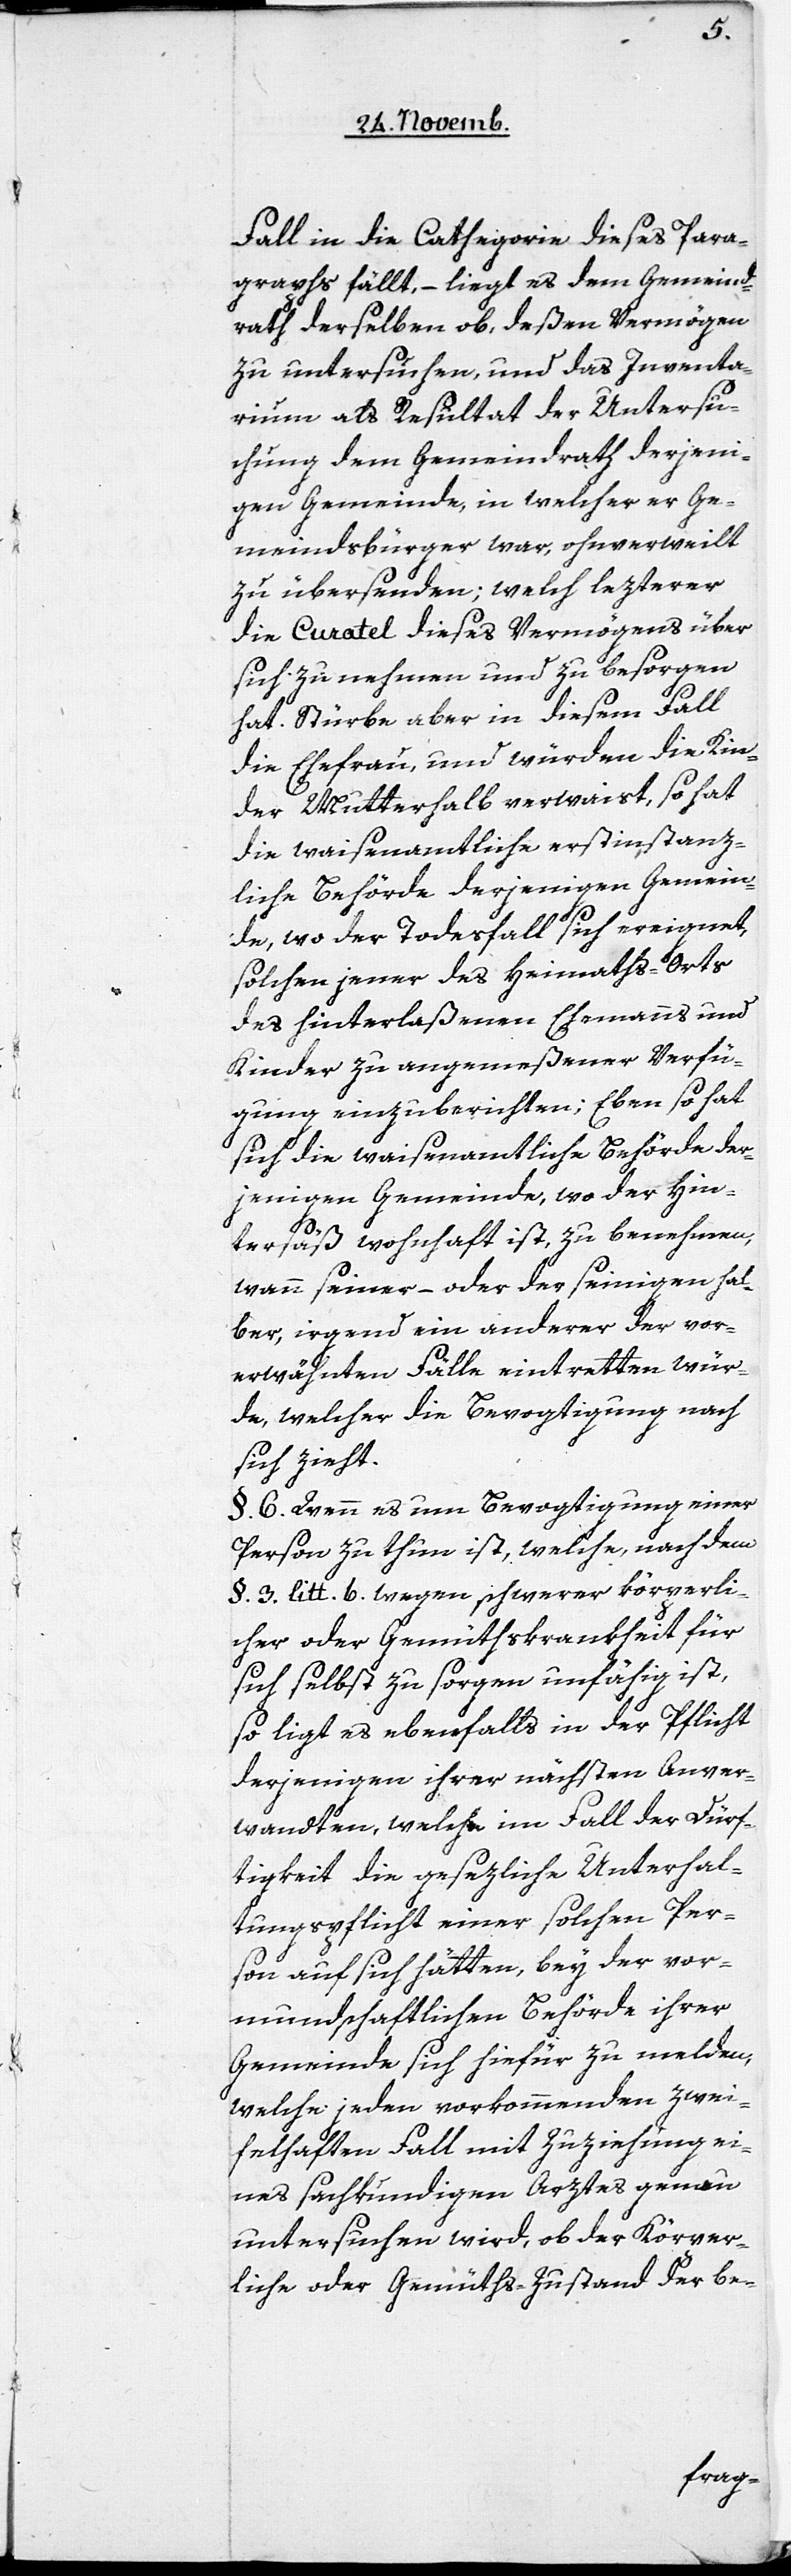
Fall in die Cathegorie dieses Para¬
graphs fällt, – liegt es dem Gemeind¬
rath derselben ob, deßen Vermögen
zu untersuchen, und das Inventa¬
rium als Resultat der Untersu¬
chung dem Gemeindrath derjeni¬
gen Gemeinde, in welcher er Ge¬
meindsbürger war, ohnverweilt
zu übersenden; welch lezterer
die Curatel dieses Vermögens über
sich zu nehmen und zu besorgen
hat. Stürbe aber in diesem Fall
die Ehefrau, und würden die Kin¬
der Mutterhalb verwaist, so hat
die waisenamtliche erstinstanz¬
liche Behörde derjenigen Gemein¬
de, wo der Todesfall sich ereignet,
solchen jener des Heymaths-Orts
des hinterlaßenen Ehemanns und
Kinder zu angemeßener Verfü¬
gung einzuberichten; Eben so hat
sich die waisenamtliche Behörde der¬
jenigen Gemeinde, wo der Hin¬
tersäß wohnhaft ist, zu benehmen,
wann seiner – oder der seinigen hal¬
ber, irgend ein anderer der vor¬
erwähnten Fälle eintretten wür¬
de, welcher die Bevogtigung nach
sich zieht.
§. 6. Wenn es um Bevogtigung einer
Person zu thun ist, welche, nach dem
§. 3. litt. b. wegen schwerer körperli¬
cher oder Gemüthskrankheit für
sich selbst zu sorgen unfähig ist,
so ligt es ebenfalls in der Pflicht
derjenigen ihrer nächsten Anver¬
wandten, welche im Fall der Dürf¬
tigkeit die gesezliche Unterhal¬
tungspflicht einer solchen Per¬
son auf sich hätten, bey der vor¬
mundschaftlichen Behörde ihrer
Gemeinde sich hiefür zu melden,
welche jeden vorkommenden zwei¬
felhaften Fall mit Zuziehung ei¬
nes sachkundigen Arztes genau
untersuchen wird, ob der Körper¬
liche oder Gemüths-Zustand der be-